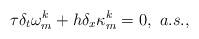
LaTeX: \begin{align*} \tau\delta_{t}\omega_{m}^{k}+h\delta_{x}\kappa_{m}^{k}=0,~a.s.,\end{align*}